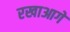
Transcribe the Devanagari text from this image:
रखाआगे